Indian journal of veterinary science and animal husbandry - Volume 6,
Year: 1936
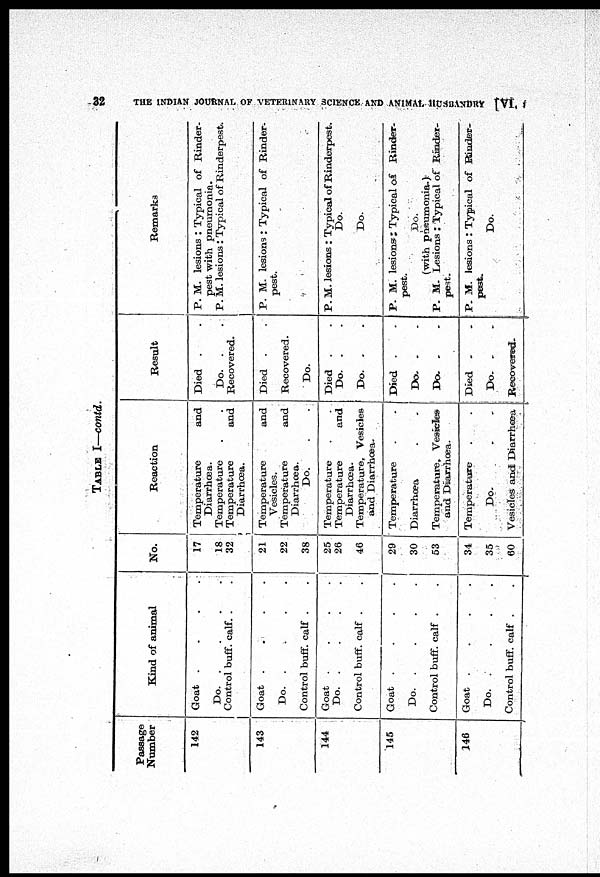
32
THE INDIAN JOURNAL OF VETERINARY SCIENCE AND ANIMAL HUSBANDRY [VI, I
TABLE I—contd.
Passage
Number
142
143
144
145
146
Kind of animal
Goat . . . .
Do.
.
.
.
.
Control buff. calf. . .
Goat . . . .
Do.
.
.
.
.
Control buff. calf . .
Goat . . . .
Do.
.
.
.
.
Control buff. calf . .
Goat . . . .
Do.
.
.
.
.
Control buff. calf . .
Goat . . . .
Do.
.
.
.
.
Control buff. calf . .
No.
17
18
32
21
22
38
25
26
46
29
30
53
34
35
60
Reaction
Temperature
and
Diarrhœa.
Temperature . .
Temperature
and
Diarrhœa.
Temperature
and
Vesicles.
Temperature
and
Diarrhœa.
Do. . .
Temperature . .
Temperature
and
Diarrhœa.
Temperature, Vesicles
and
Diarrhœa.
Temperature . .
Diarrhœa . .
Temperature. Vesicles
and
Diarrhœa.
Temperature . .
Do. . .
Vesicles and Diarrhœa
Result
Died . .
Do. .
.
Recovered.
Died . .
Recovered.
Do.
Died . .
Do. . .
Do. . .
Died . .
Do. . .
Do. .
.
Died . .
Do. . .
Recovered.
Remarks
P. M. lesions : Typical of Rinder-
pest with pneumonia.
P. M. lesions : Typical of Rinderpest.
P. M. lesions : Typical of Rinder-
pest.
P. M. lesions : Typical of Rinderpest.
Do.
Do.
P. M. lesions: Typical of Rinder-
pest.
Do.
(with pneumonia.)
P. M. Lesions : Typical of Rinder-
pest.
P. M. lesions : Typical of Binder-
pest.
Do.